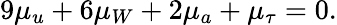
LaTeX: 9\mu_{u}+6\mu_{W}+2\mu_{a}+\mu_{\tau}=0.